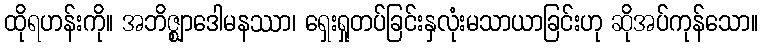
ထိုရဟန်းကို။ အဘိဇ္ဈာဒေါမနဿာ၊ ရှေးရှုတပ်ခြင်းနှလုံးမသာယာခြင်းဟု ဆိုအပ်ကုန်သော။